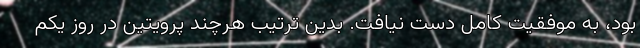
بود، به موفقیت کامل دست نیافت. بدین ترتیب هرچند پرویتین در روز یکم